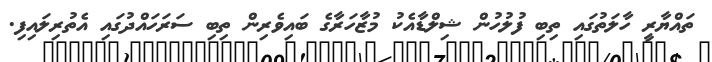
ތައްޔާރީ ހާލަތުގައި ތިބި ފުލުހުން ޝިލްޑާއެކު މުޒާހަރާގެ ބައިވެރިން ތިބި ސަރަހައްދުގައި އެތުރިލައިފި.